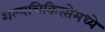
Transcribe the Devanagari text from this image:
शल्यचिकित्सेमध्ये